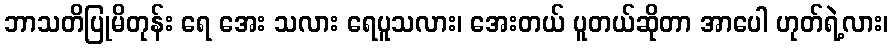
ဘာသတိပြုမိတုန်း ရေ အေး သလား ရေပူသလား၊ အေးတယ် ပူတယ်ဆိုတာ အာပေါ ဟုတ်ရဲ့လား၊